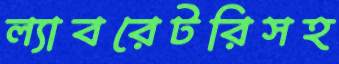
ল্যাবরেটরিসহ